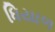
ધિયાળ